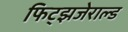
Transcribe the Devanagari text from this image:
फिट्झजेराल्ड